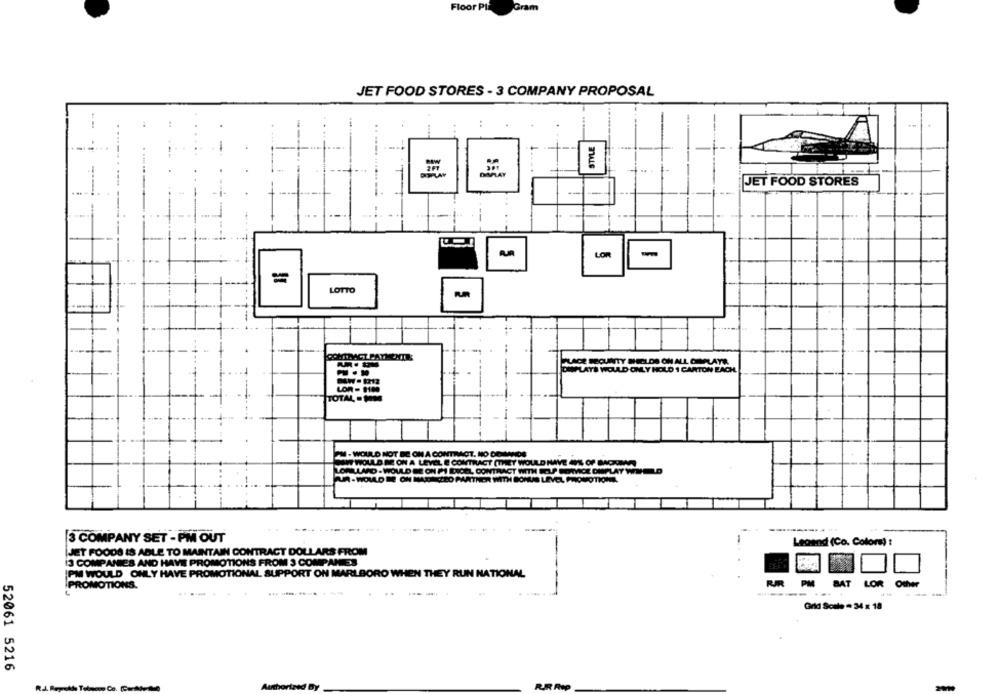
Floor PIE
Gram
JET FOOD STORES - 3 COMPANY PROPOSAL
:
.
STYLE
-----
JET FOOD STORES
LOR
LOTTO
..
DEPLATS WOULD ONLY HOLD 1 CARTON EACH.
LOR - 1100
TOTAL . SOM
TIVICE DISPLAY
A-WOW
-- --
3 COMPANY SET - PM OUT
Legend (Co. Color) !
JET FOODS IS ABLE TO MAINTAIN CONTRACT DOLLARS FROM
13 COMPANIES AND HAVE PROMOTIONS FROM 3 COMPANIES
PM WOULD ONLY HAVE PROMOTIONAL SUPPORT ON MARLBORO WHEN THEY RUN NATIONAL
PROMOTIONS.
RIR PM BAT
LOR Other
---
Grid Scale . 34 x 18
52061 5216
-Ce.